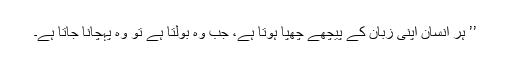
’’ ہر انسان اپنی زبان کے پیچھے چھپا ہوتا ہے، جب وہ بولتا ہے تو وہ پہچانا جاتا ہے۔